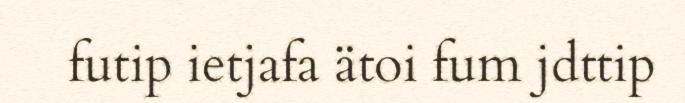
futip ietjafa ätoi fum jdttip